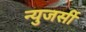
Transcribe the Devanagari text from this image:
न्युजर्सी